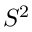
S ^ { 2 }